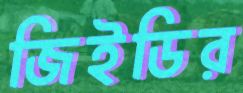
জিইডির